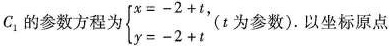
C_{1}的参数方程为$$\begin{cases} =-2+t, \\ y=-2+t \end{cases}$$ (t为参数).以坐标原点